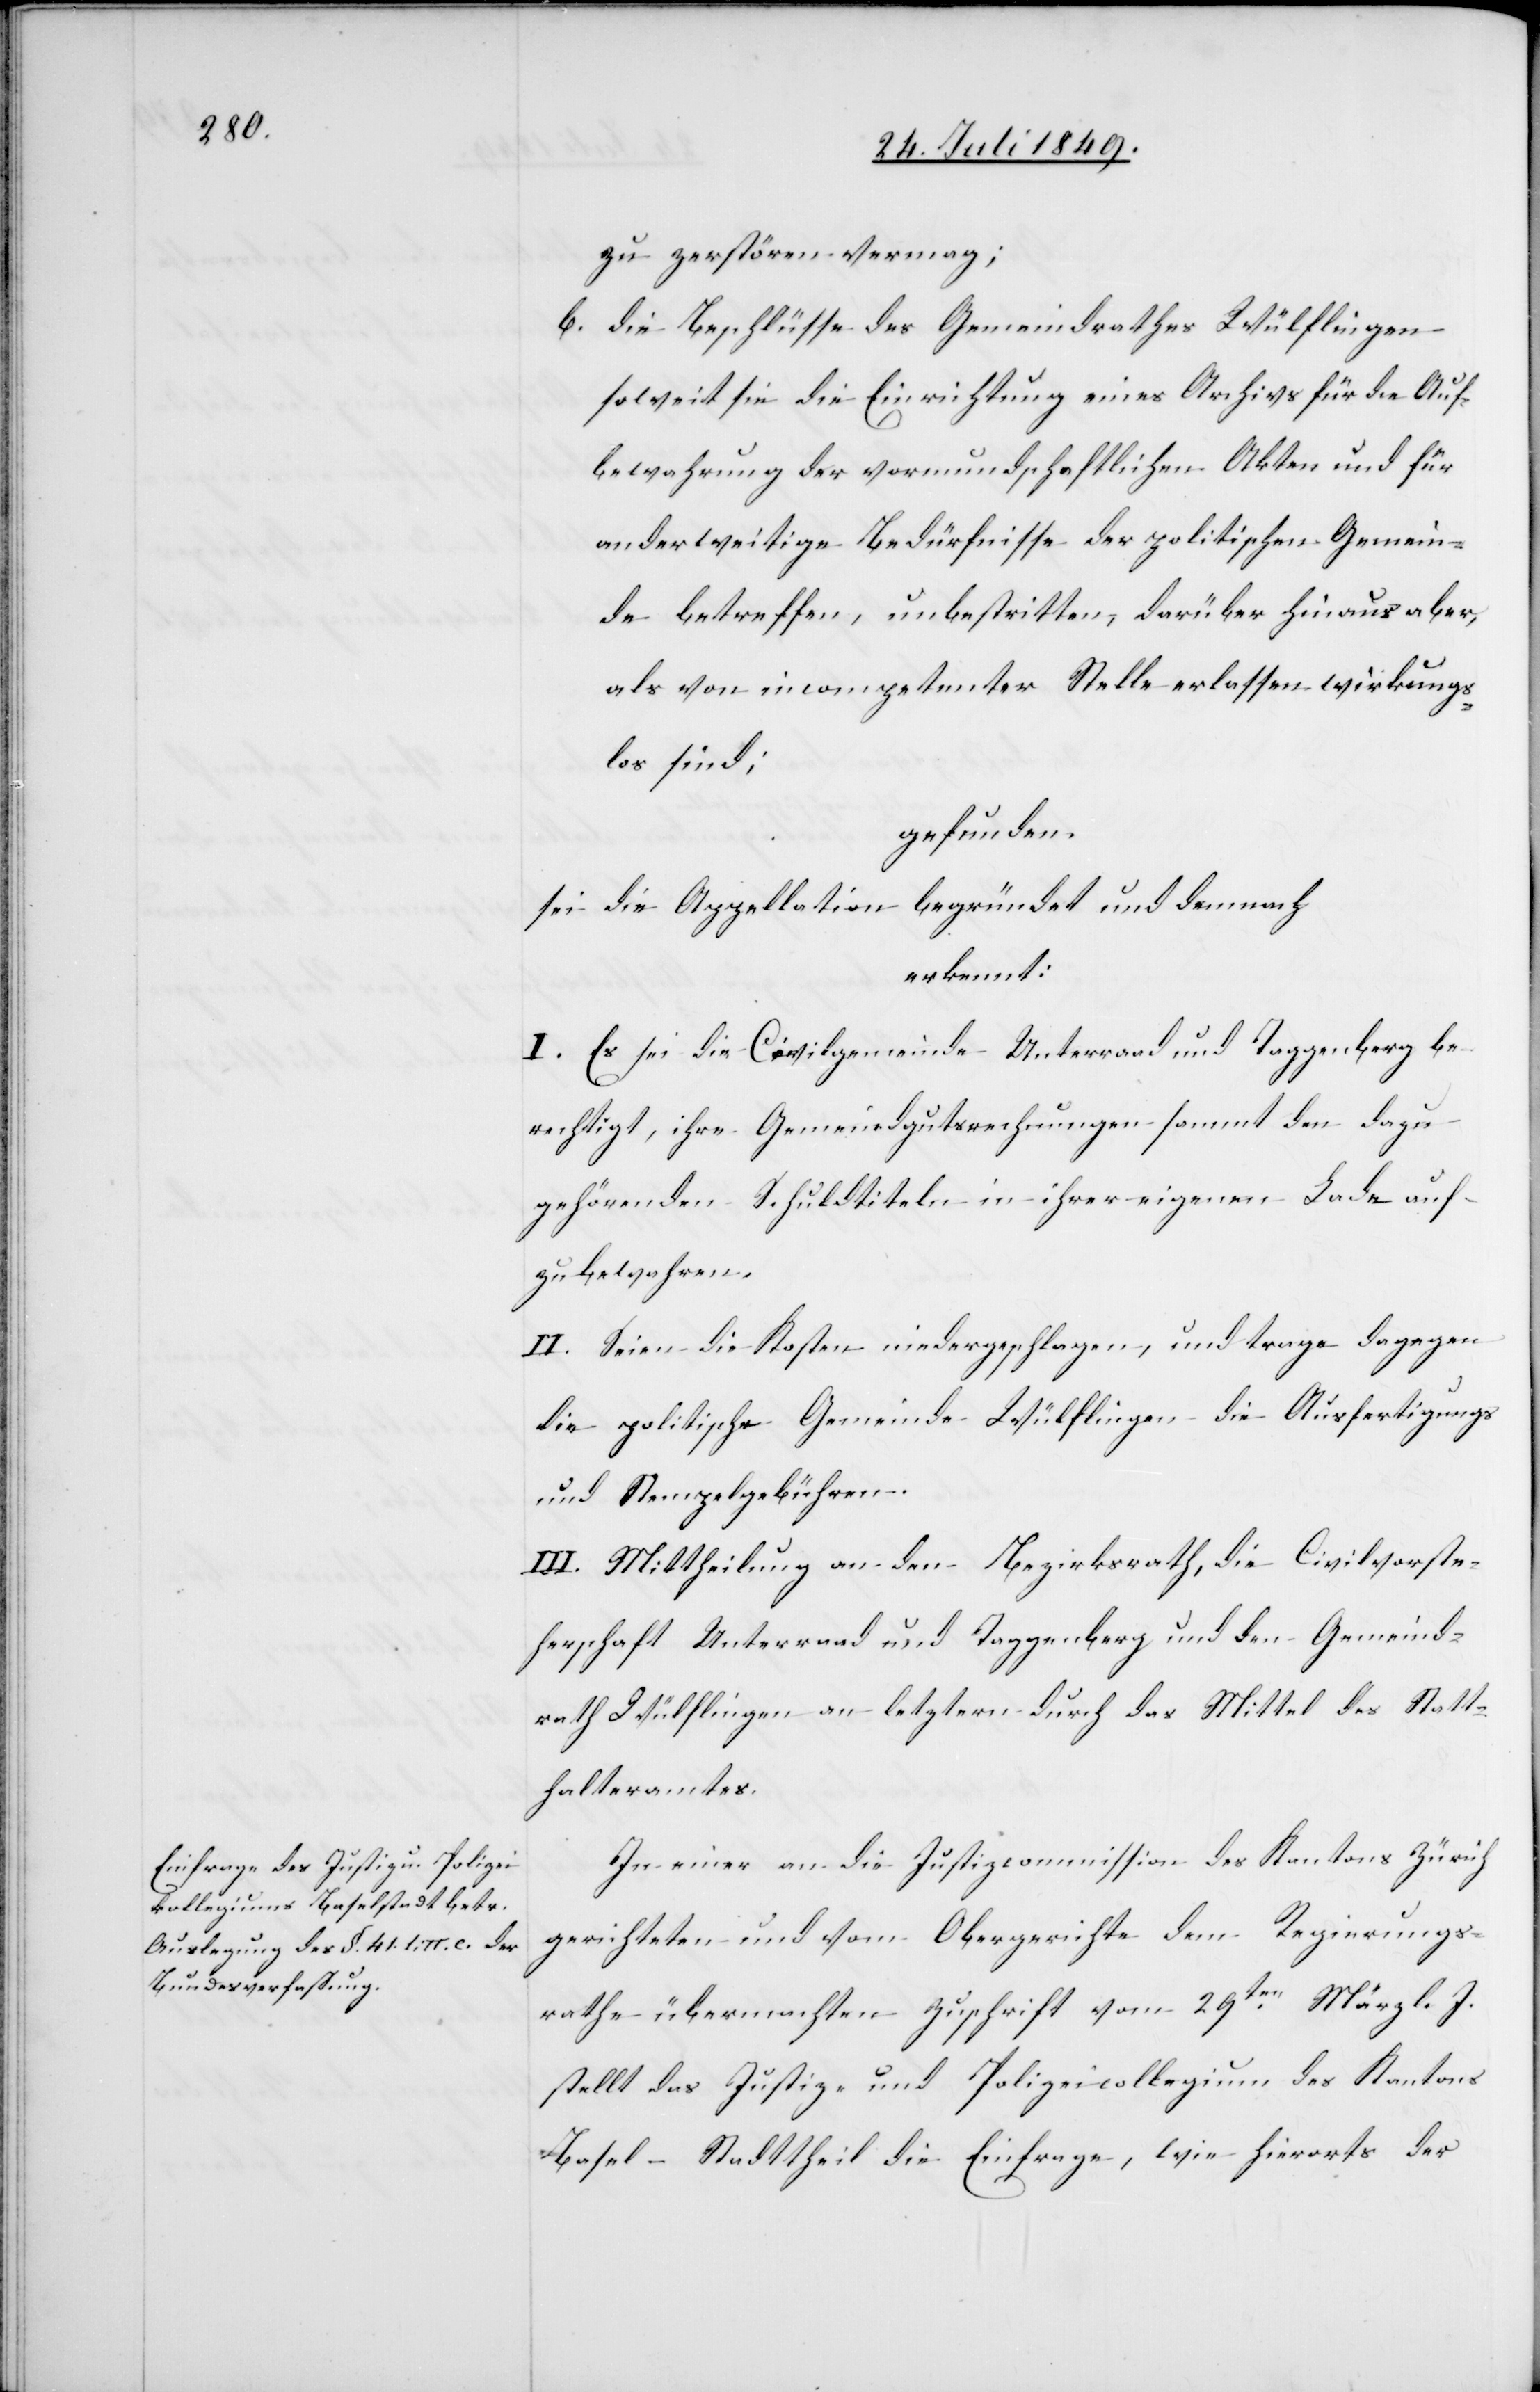
zu zerstören vermag;
b. die Beschlüsse des Gemeindrathes Wülflingen
soweit sie die Einrichtung eines Archivs für die Auf¬
bewahrung der vormundschaftlichen Akten und für
anderweitige Bedürfnisse der politischen Gemein¬
de betreffen, unbestritten, darüber hinaus aber,
als von incompetenter Stelle erlassen wirkungs¬
los sind;
gefunden.
sei die Appellation begründet und demnach
erkennt:
I. Es sei die Civilgemeinde Unterraad und Taggenberg be¬
rechtigt, ihre Gemeindgutsrechnungen sammt den dazu
gehörenden Schuldtiteln in ihrer eigenen Lade auf¬
zubewahren.
II. Seien die Kosten niedergeschlagen, und trage dagegen
die politische Gemeinde Wülflingen die Ausfertigungs-
und Stempelgebühren.
III. Mittheilung an den Bezirksrath, die Civilvorste¬
herschaft Unterraad und Taggenberg und den Gemeind¬
rath Wülflingen an letztern durch das Mittel des Statt¬
halteramtes.
In einer an die Justizcommission des Kantons Zürich
gerichteten und vom Obergerichte dem Regierungs¬
rathe übermachten Zuschrift vom 29ten März l. J.
stellt das Justiz- und Polizeicollegium des Kantons
Basel-Stadttheil die Einfrage, wie hierorts der